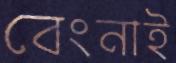
বেংনাই